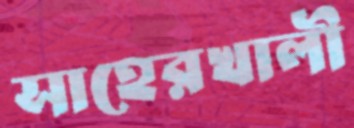
সাহেরখালী